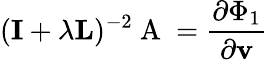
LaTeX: (\textbf{I}+\lambda\textbf{L})^{-2}\mathrm{~A~}=\frac{\partial\Phi_{1}}{\partial\textbf{v}}